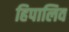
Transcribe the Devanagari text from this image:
हिपालिव